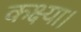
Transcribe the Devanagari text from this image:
कक्ष्या।